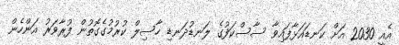
އެއީ 2030 އަށް ކަނޑައަޅާފައިވާ ސާސްކަފުގެ ލަނޑުދަނޑި ހާސިލް ކުރުމުގެގޮތުން ފުރާވަރު އަންހެން